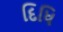
દિધિ